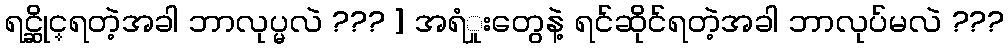
ရင္ဆိုင္ရတဲ့အခါ ဘာလုပ္မလဲ ??? ] အရံှုးတွေနဲ့ ရင်ဆိုင်ရတဲ့အခါ ဘာလုပ်မလဲ ???